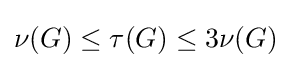
\nu (G)\leq \tau (G)\leq 3\nu (G)